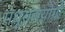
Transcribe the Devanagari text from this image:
मधुराजयोगी